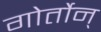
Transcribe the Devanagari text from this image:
गोर्तोन्